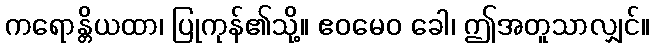
ကရောန္တိယထာ၊ ပြုကုန်၏သို့။ ဧဝမေဝ ခေါ၊ ဤအတူသာလျှင်။